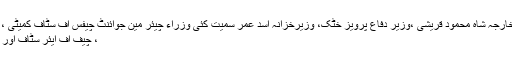
قومی سلامتی کمیٹی کے اجلاس میں وزیرخارجہ شاہ محمود قریشی ،وزیر دفاع پرویز خٹک، وزیرخزانہ اسد عمر سمیت کئی وزراء چیئر مین جوائنٹ چیفس آف سٹاف کمیٹی ، چیف آف آرمی سٹاف ، چیف آف نیول سٹاف
، چیف آف ایئر سٹاف اور دیگر سول وعسکری حکام نے شرکت کی ۔